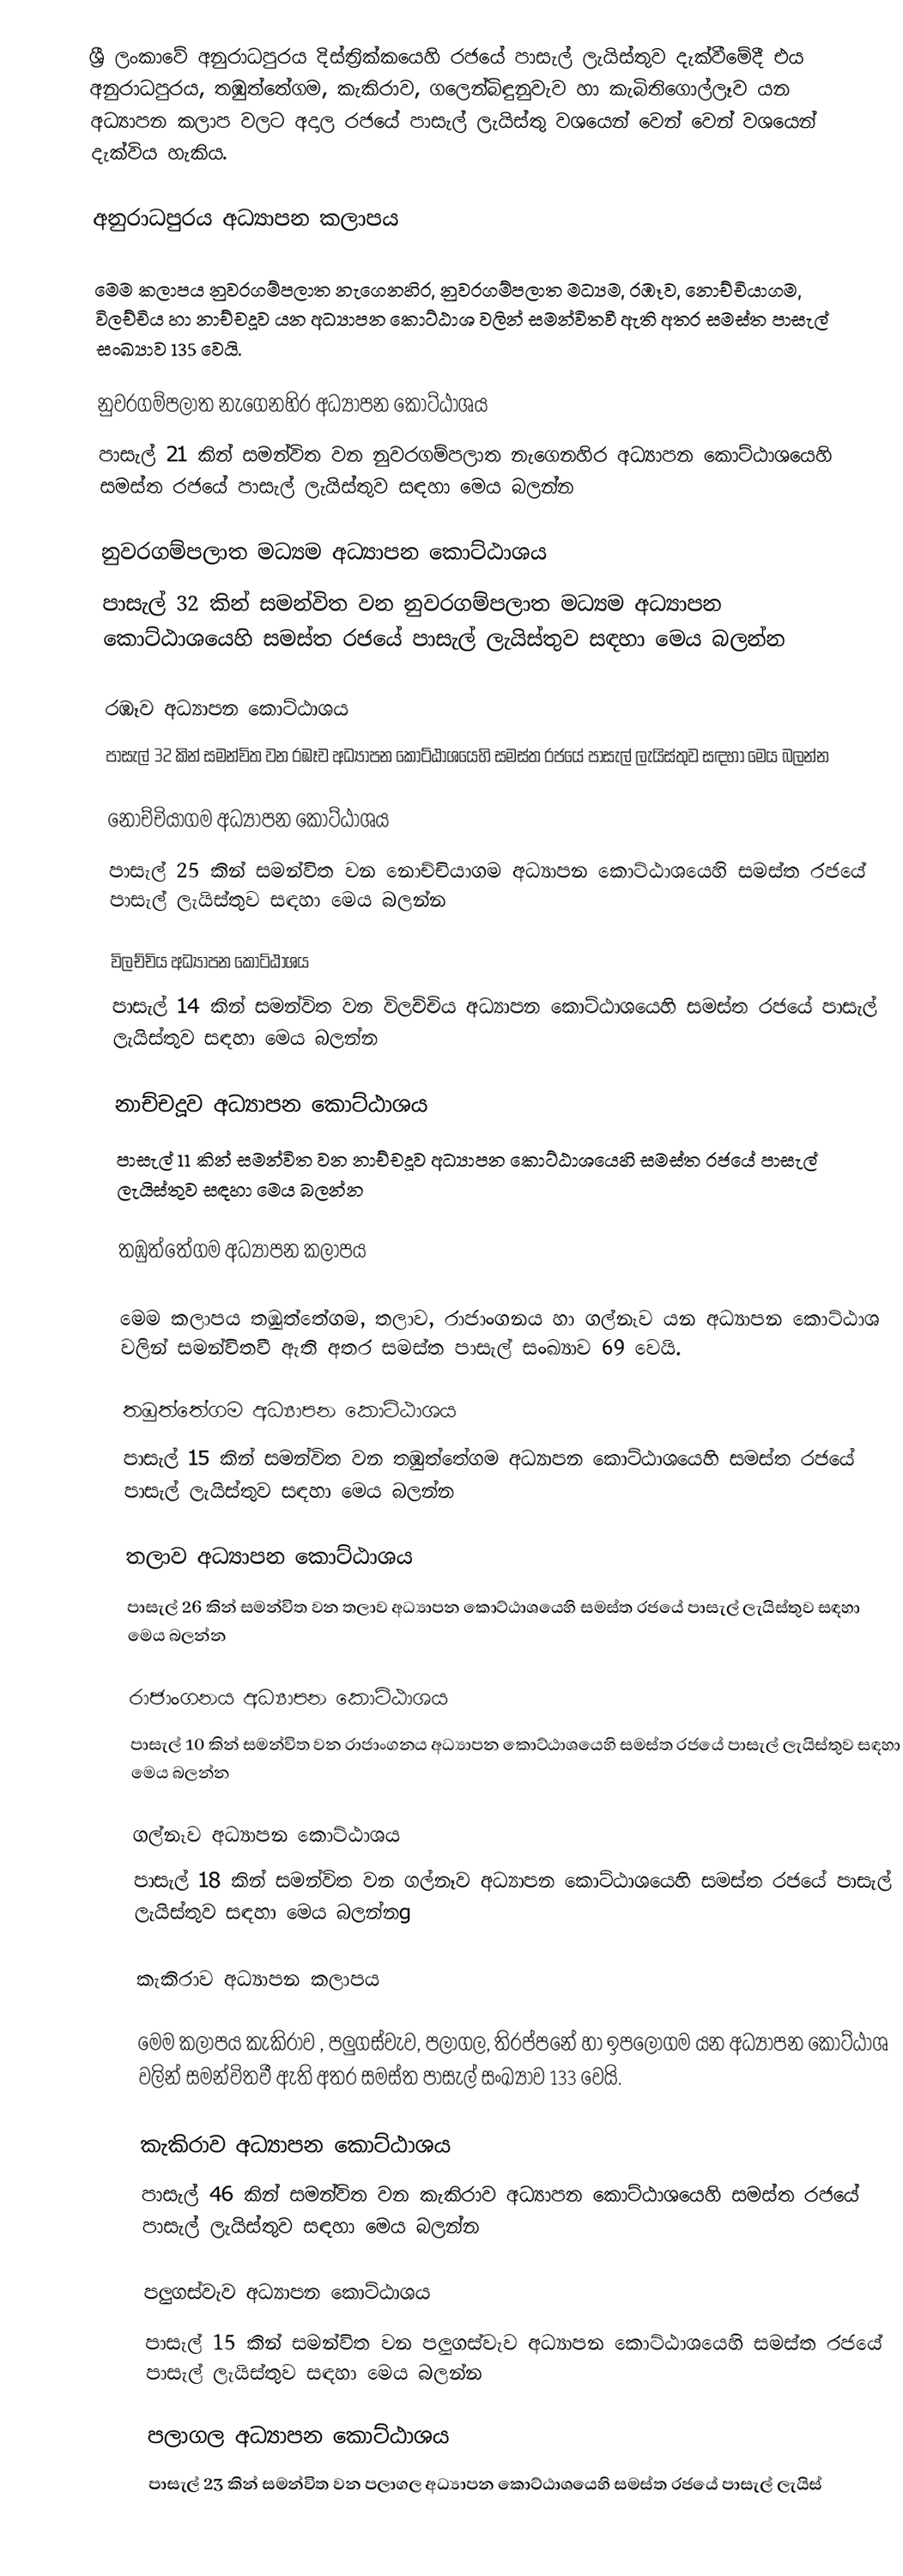
ශ්‍රී ලංකාවේ අනුරාධපුරය දිස්ත්‍රික්කයෙහි රජයේ පාසැල් ලැයිස්තුව දැක්වීමේදී එය අනුරාධපුරය, තඹුත්තේගම, කැකිරාව, ගලෙන්බිඳුනුවැව හා කැබිතිගොල්ලෑව යන අධ්‍යාපන කලාප  වලට අදාල රජයේ පාසැල් ලැයිස්තු වශයෙන් වෙන් වෙන් වශයෙන් දැක්විය හැකිය.

අනුරාධපුරය අධ්‍යාපන කලාපය

මෙම කලාපය නුවරගම්පලාත නැගෙනහිර, නුවරගම්පලාත මධ්‍යම, රඹෑව, නොච්චියාගම, විලච්චිය හා නාච්චදූව යන අධ්‍යාපන කොට්ඨාශ වලින් සමන්විතවී ඇති අතර සමස්ත පාසැල් සංඛ්‍යාව 135 වෙයි.

නුවරගම්පලාත නැගෙනහිර අධ්‍යාපන කොට්ඨාශය
පාසැල් 21 කින් සමන්විත වන නුවරගම්පලාත නැගෙනහිර අධ්‍යාපන කොට්ඨාශයෙහි සමස්ත රජයේ පාසැල් ලැයිස්තුව සඳහා මෙය බලන්න

නුවරගම්පලාත මධ්‍යම අධ්‍යාපන කොට්ඨාශය
පාසැල් 32 කින් සමන්විත වන නුවරගම්පලාත මධ්‍යම අධ්‍යාපන කොට්ඨාශයෙහි සමස්ත රජයේ පාසැල් ලැයිස්තුව සඳහා මෙය බලන්න

රඹෑව අධ්‍යාපන කොට්ඨාශය
පාසැල් 32 කින් සමන්විත වන රඹෑව අධ්‍යාපන කොට්ඨාශයෙහි සමස්ත රජයේ පාසැල් ලැයිස්තුව සඳහා මෙය බලන්න

නොච්චියාගම අධ්‍යාපන කොට්ඨාශය
පාසැල් 25 කින් සමන්විත වන නොච්චියාගම අධ්‍යාපන කොට්ඨාශයෙහි සමස්ත රජයේ පාසැල් ලැයිස්තුව සඳහා මෙය බලන්න

විලච්චිය අධ්‍යාපන කොට්ඨාශය
පාසැල් 14 කින් සමන්විත වන විලච්චිය අධ්‍යාපන කොට්ඨාශයෙහි සමස්ත රජයේ පාසැල් ලැයිස්තුව සඳහා මෙය බලන්න

නාච්චදූව අධ්‍යාපන කොට්ඨාශය
පාසැල් 11 කින් සමන්විත වන නාච්චදූව අධ්‍යාපන කොට්ඨාශයෙහි සමස්ත රජයේ පාසැල් ලැයිස්තුව සඳහා මෙය බලන්න

තඹුත්තේගම අධ්‍යාපන කලාපය

මෙම කලාපය තඹුත්තේගම, තලාව, රාජාංගනය හා ගල්නෑව යන අධ්‍යාපන කොට්ඨාශ වලින් සමන්විතවී ඇති අතර සමස්ත පාසැල් සංඛ්‍යාව 69 වෙයි.

තඹුත්තේගම අධ්‍යාපන කොට්ඨාශය
පාසැල් 15 කින් සමන්විත වන තඹුත්තේගම  අධ්‍යාපන කොට්ඨාශයෙහි සමස්ත රජයේ පාසැල් ලැයිස්තුව සඳහා මෙය බලන්න

තලාව අධ්‍යාපන කොට්ඨාශය
පාසැල් 26 කින් සමන්විත වන තලාව අධ්‍යාපන කොට්ඨාශයෙහි සමස්ත රජයේ පාසැල් ලැයිස්තුව සඳහා මෙය බලන්න

රාජාංගනය අධ්‍යාපන කොට්ඨාශය
පාසැල් 10 කින් සමන්විත වන රාජාංගනය අධ්‍යාපන කොට්ඨාශයෙහි සමස්ත රජයේ පාසැල් ලැයිස්තුව සඳහා මෙය බලන්න

ගල්නෑව අධ්‍යාපන කොට්ඨාශය
පාසැල් 18 කින් සමන්විත වන ගල්නෑව අධ්‍යාපන කොට්ඨාශයෙහි සමස්ත රජයේ පාසැල් ලැයිස්තුව සඳහා මෙය බලන්නg

කැකිරාව අධ්‍යාපන කලාපය

මෙම කලාපය කැකිරාව , පලුගස්වැව, පලාගල, තිරප්පනේ හා ඉපලොගම යන අධ්‍යාපන කොට්ඨාශ වලින් සමන්විතවී ඇති අතර සමස්ත පාසැල් සංඛ්‍යාව 133 වෙයි.

කැකිරාව අධ්‍යාපන කොට්ඨාශය
පාසැල් 46 කින් සමන්විත වන කැකිරාව අධ්‍යාපන කොට්ඨාශයෙහි සමස්ත රජයේ පාසැල් ලැයිස්තුව සඳහා මෙය බලන්න

පලුගස්වැව අධ්‍යාපන කොට්ඨාශය
පාසැල් 15 කින් සමන්විත වන පලුගස්වැව අධ්‍යාපන කොට්ඨාශයෙහි සමස්ත රජයේ පාසැල් ලැයිස්තුව සඳහා මෙය බලන්න

පලාගල අධ්‍යාපන කොට්ඨාශය
පාසැල් 23 කින් සමන්විත වන පලාගල අධ්‍යාපන කොට්ඨාශයෙහි සමස්ත රජයේ පාසැල් ලැයිස්